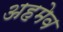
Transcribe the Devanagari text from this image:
अहमेव